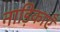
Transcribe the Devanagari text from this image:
नाड़िकाएँ